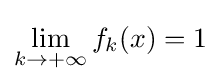
\lim _{k\to +\infty }f_{k}(x)=1